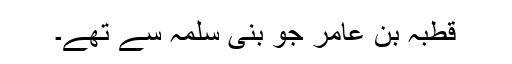
قُطْبَہ بِن عَامِر جو بنی سلمہ سے تھے۔